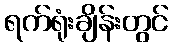
ရက်ရုံးချိန်းတွင်